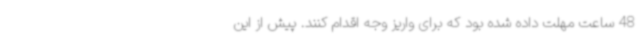
48 ساعت مهلت داده شده بود که برای واریز وجه اقدام کنند. پیش از این